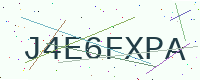
Text: J4E6FXPA